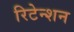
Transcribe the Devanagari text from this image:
रिटेन्शन